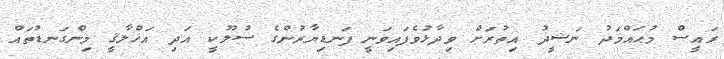
ރައީސް މުޙައްމަދު ނަޝީދު އިތުރަށް ވިދާޅުވެފައިވަނީ ފަނޑިޔާރުންގެ ސުލޫކީ އަދި އަޚްލާޤީ މިންގަނޑުތައް